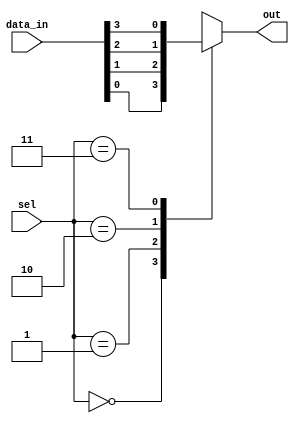
module multiplexer_4to1(
    input [3:0] data_in,
    input [1:0] sel,
    output reg out
);

always @(*) begin
    case(sel)
        2'b00: out = data_in[0];
        2'b01: out = data_in[1];
        2'b10: out = data_in[2];
        2'b11: out = data_in[3];
    endcase
end

endmodule